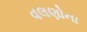
વલણોના